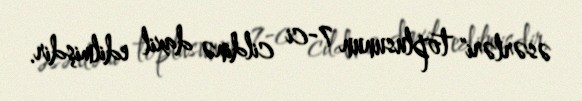
əsərləri" toplusunun 7-ci cildinə daxil edilmişdir.